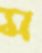
ম